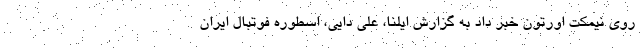
روی نیمکت اورتون خبر داد به گزارش ایلنا، علی دایی، اسطوره فوتبال ایران